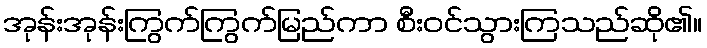
အုန်းအုန်းကြွက်ကြွက်မြည်ကာ စီးဝင်သွားကြသည်ဆို၏။